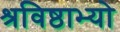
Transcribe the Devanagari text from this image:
श्रविष्ठाभ्यो